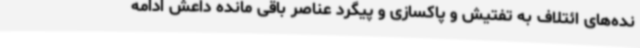
نده‌های ائتلاف به تفتیش و پاکسازی و پیگرد عناصر باقی مانده داعش ادامه